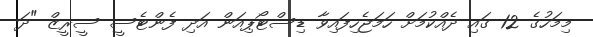
މިމަހުގެ 12 ގައި ދެއްކުމަށް ހަމަޖެހިފައިވާ ޑިސްޓޯޕިއަން އަދި ފެންޓެސީ ސީރީޒް "ދަ